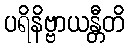
ပရိနိဗ္ဗာယန္တီတိ